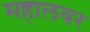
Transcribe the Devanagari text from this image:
महालवर